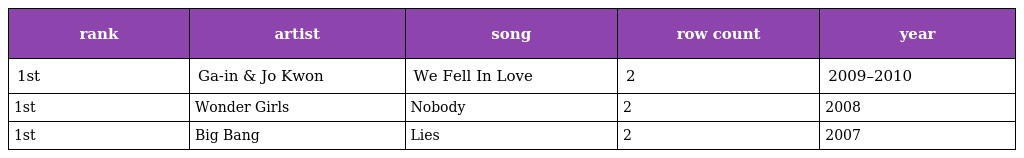
| rank | artist | song | row count | year |
 | --- | --- | --- | --- | --- |
 | 1st | Ga-in & Jo Kwon | We Fell In Love | 2 | 2009–2010 |
 | 1st | Wonder Girls | Nobody | 2 | 2008 |
 | 1st | Big Bang | Lies | 2 | 2007 |